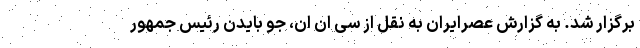
برگزار شد. به گزارش عصرایران به نقل از سی‌ ان ان، جو بایدن رئیس جمهور